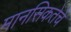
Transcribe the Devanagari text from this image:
मानसिकतेचे